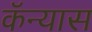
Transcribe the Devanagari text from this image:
कॅन्यास